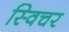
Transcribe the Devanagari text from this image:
स्विचर